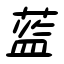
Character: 藍